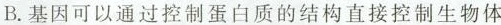
B.基因可以通过控制蛋白质的结构直接控制生物体